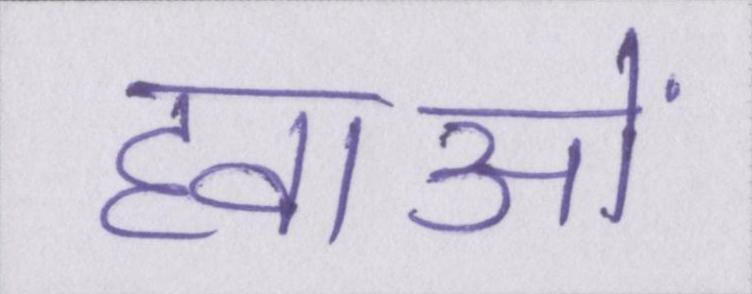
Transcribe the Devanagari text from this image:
हवाओं